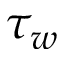
\tau _ { w }